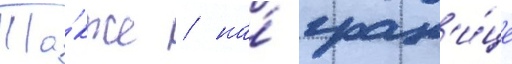
Та́кже / на́ гран'и́це